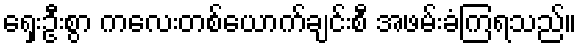
ရှေးဦးစွာ ကလေးတစ်ယောက်ချင်းစီ အဖမ်းခံကြရသည်။